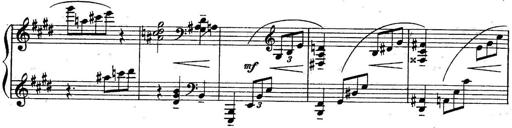
Title: Sonatine
Composer: Adrian Shaposhnikov
Key: E minor